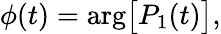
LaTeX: \phi(t)=\mathrm{arg}\big[P_{1}(t)\big],